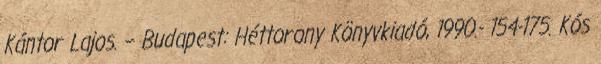
Kántor Lajos. – Budapest: Héttorony Könyvkiadó, 1990.- 154-175. Kós